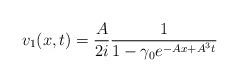
LaTeX: \begin{align*} v_1(x,t)=\frac{A}{2i}\frac{1}{1-\gamma_0 e^{-Ax+A^3t}}\end{align*}